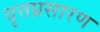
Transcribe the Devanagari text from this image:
वृत्तप्रसारण